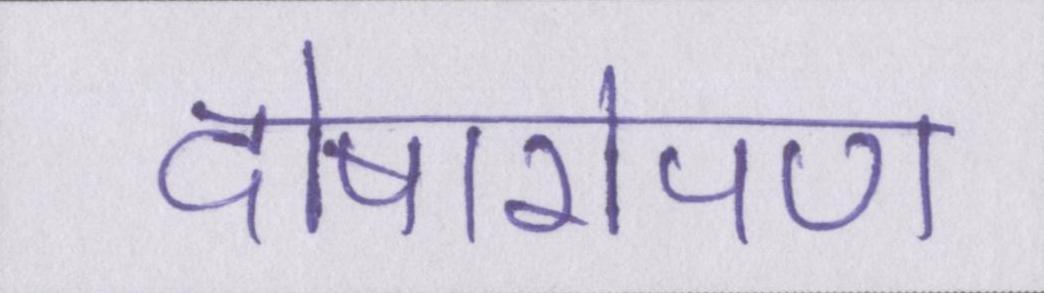
दोषारोपण